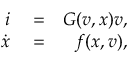
\begin{array} { r l r } { i } & { { } = } & { G ( v , x ) v , } \\ { \dot { x } } & { { } = } & { f ( x , v ) , } \end{array}